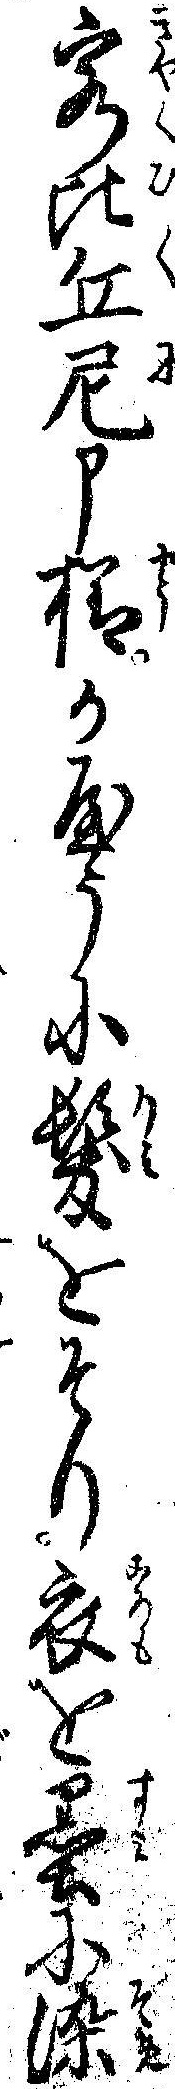
客比丘尼申様かやうに髪をそり衣を墨に染